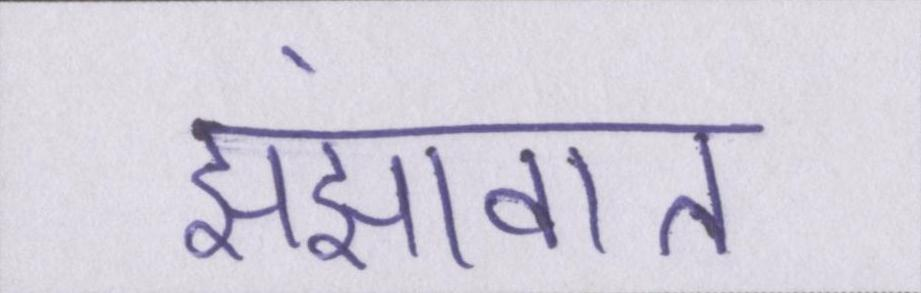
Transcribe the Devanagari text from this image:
झंझावात